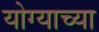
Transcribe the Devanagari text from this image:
योग्याच्या